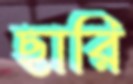
ছারি